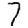
Digit: 7